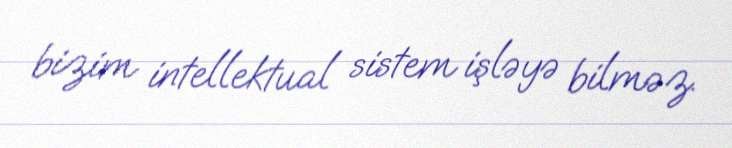
bizim intellektual sistem işləyə bilməz.